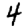
Digit: 4